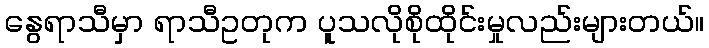
နွေရာသီမှာ ရာသီဥတုက ပူသလိုစိုထိုင်းမှုလည်းများတယ်။